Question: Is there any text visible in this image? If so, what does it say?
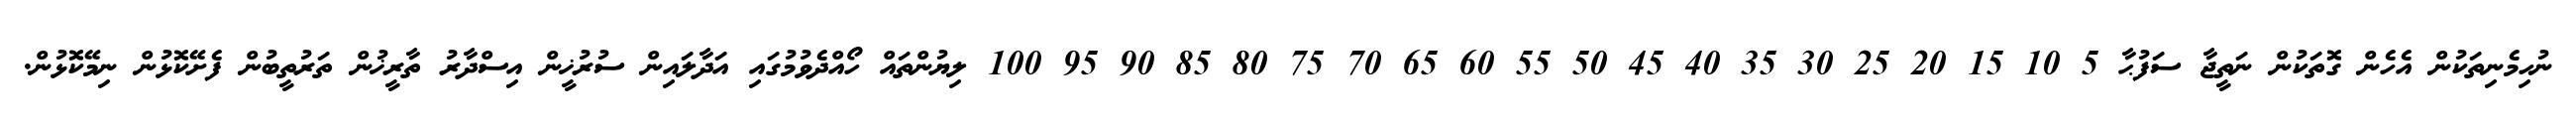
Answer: ނުހިމެނިތަކުން އެހެން ގޮތަކުން ނަތީޖާ ސަފުޙާ 5 10 15 20 25 30 35 40 45 50 55 60 65 70 75 80 85 90 95 100 ލިޔުންތައް ހޯއްދެވުމުގައި އަދާލައިން ސުރުޚީން އިސްދާރު ތާރީޚުން ތަރުތީބުން ފެށޭކޮޅުން ނިމޭކޮޅުން.